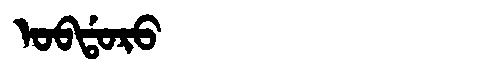
Manchu: ᠣᠪᡩᠣᡵᠣ
Romanization: OBDORO